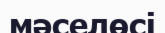
мәселөсі